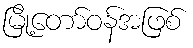
မြို့တော်ဝန်အဖြစ်